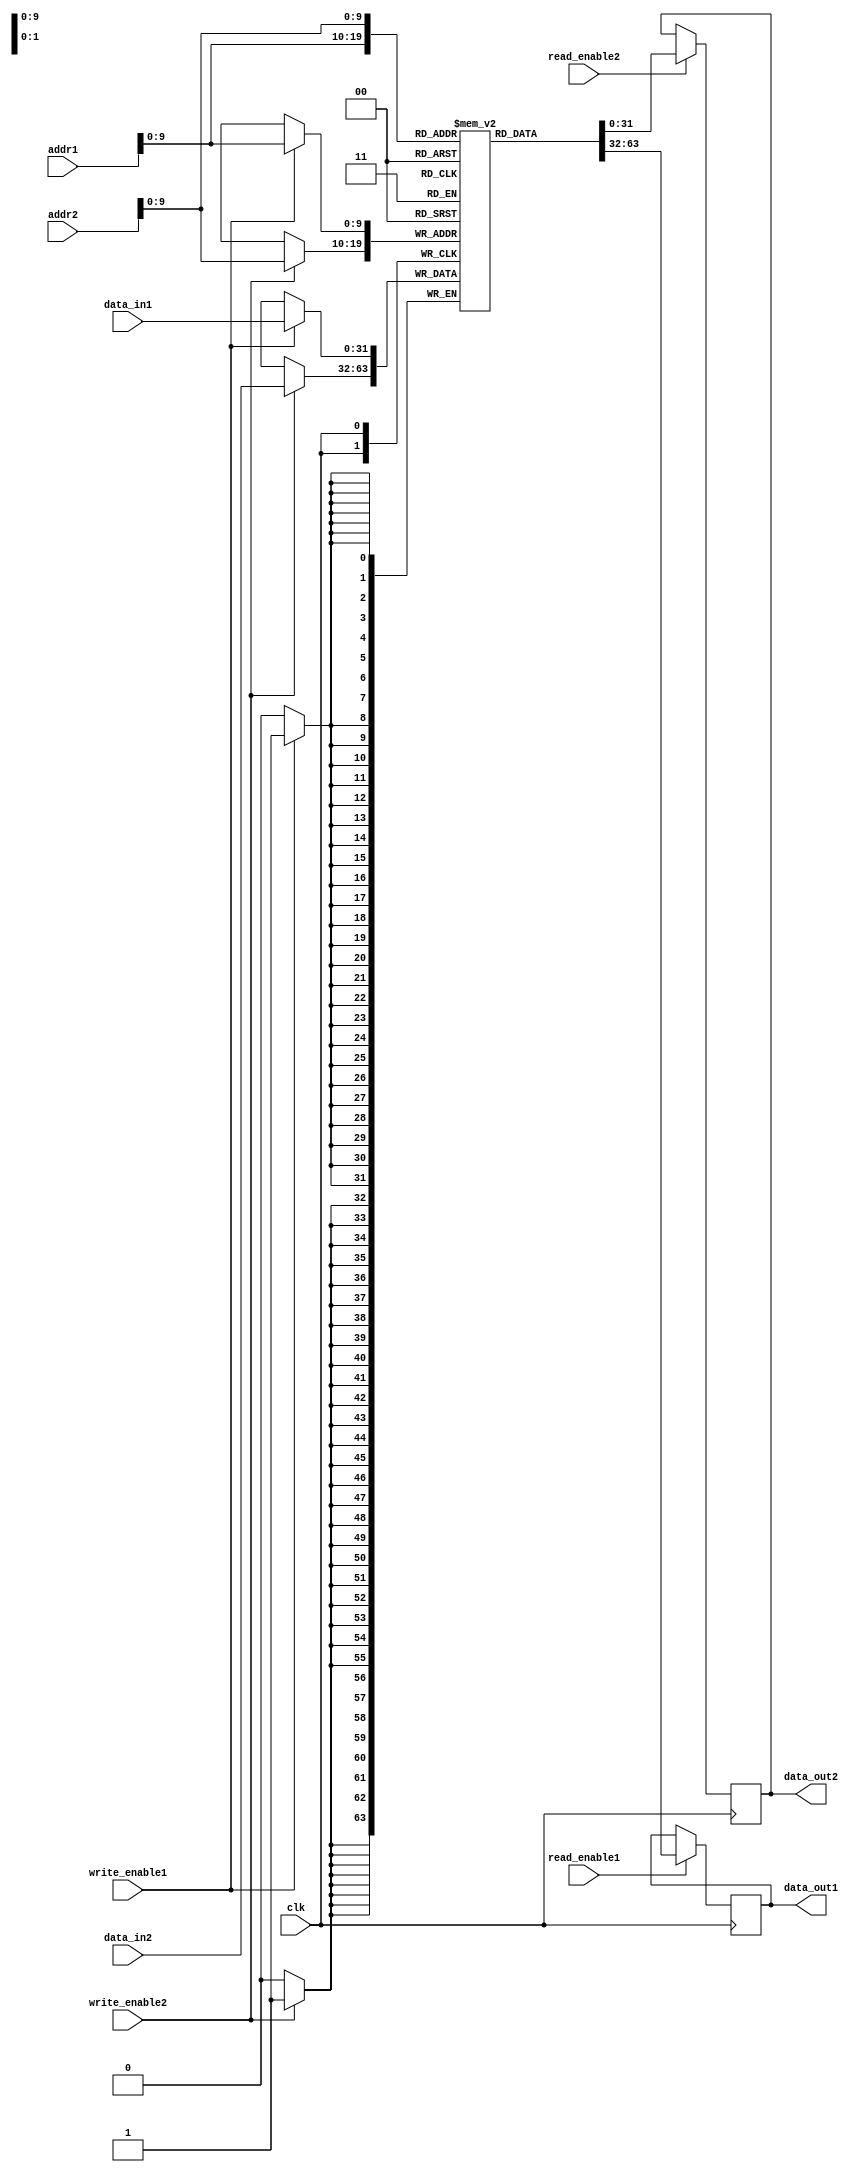
module dual_port_ram (
    input wire clk,
    input wire [31:0] addr1,
    input wire [31:0] addr2,
    input wire [31:0] data_in1,
    input wire [31:0] data_in2,
    input wire write_enable1,
    input wire write_enable2,
    input wire read_enable1,
    input wire read_enable2,
    output reg [31:0] data_out1,
    output reg [31:0] data_out2
);

reg [31:0] mem [0:1023]; // 1024 memory locations

always @(posedge clk) begin
    if (write_enable1) begin
        mem[addr1] <= data_in1;
    end
    if (write_enable2) begin
        mem[addr2] <= data_in2;
    end
    
    if (read_enable1) begin
        data_out1 <= mem[addr1];
    end
    if (read_enable2) begin
        data_out2 <= mem[addr2];
    end
end

endmodule